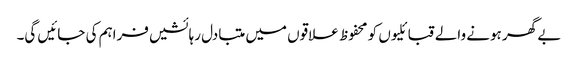
بے گھر ہونے والے قبائلیوں کو محفوظ علاقوں میں متبادل رہائشیں فراہم کی جائیں گی۔